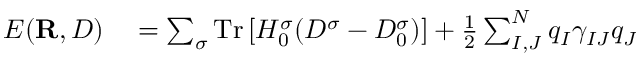
\begin{array} { r l } { E ( { \bf R } , D ) } & { { } = \sum _ { \sigma } \mathrm { T r } \left[ H _ { 0 } ^ { \sigma } ( D ^ { \sigma } - D _ { 0 } ^ { \sigma } ) \right] + \frac { 1 } { 2 } \sum _ { I , J } ^ { N } q _ { I } \gamma _ { I J } q _ { J } } \end{array}